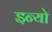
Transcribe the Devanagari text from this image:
इन्यो